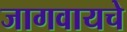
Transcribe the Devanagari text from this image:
जागवायचे